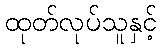
ထုတ်လုပ်သူနှင့်